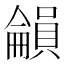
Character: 𡃋